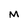
Character: M